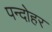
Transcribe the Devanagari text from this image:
पन्दोहर